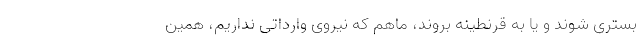
بستری شوند و یا به قرنطینه بروند، ماهم که نیروی وارداتی نداریم، همین